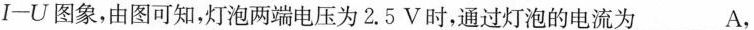
I-U图象，由图可知，灯泡两端电压为2.5V时，通过灯泡的电流为___A，